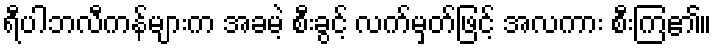
ရီပါဘလီကန်များက အခမဲ့ စီးခွင့် လက်မှတ်ဖြင့် အလကား စီးကြ၏။